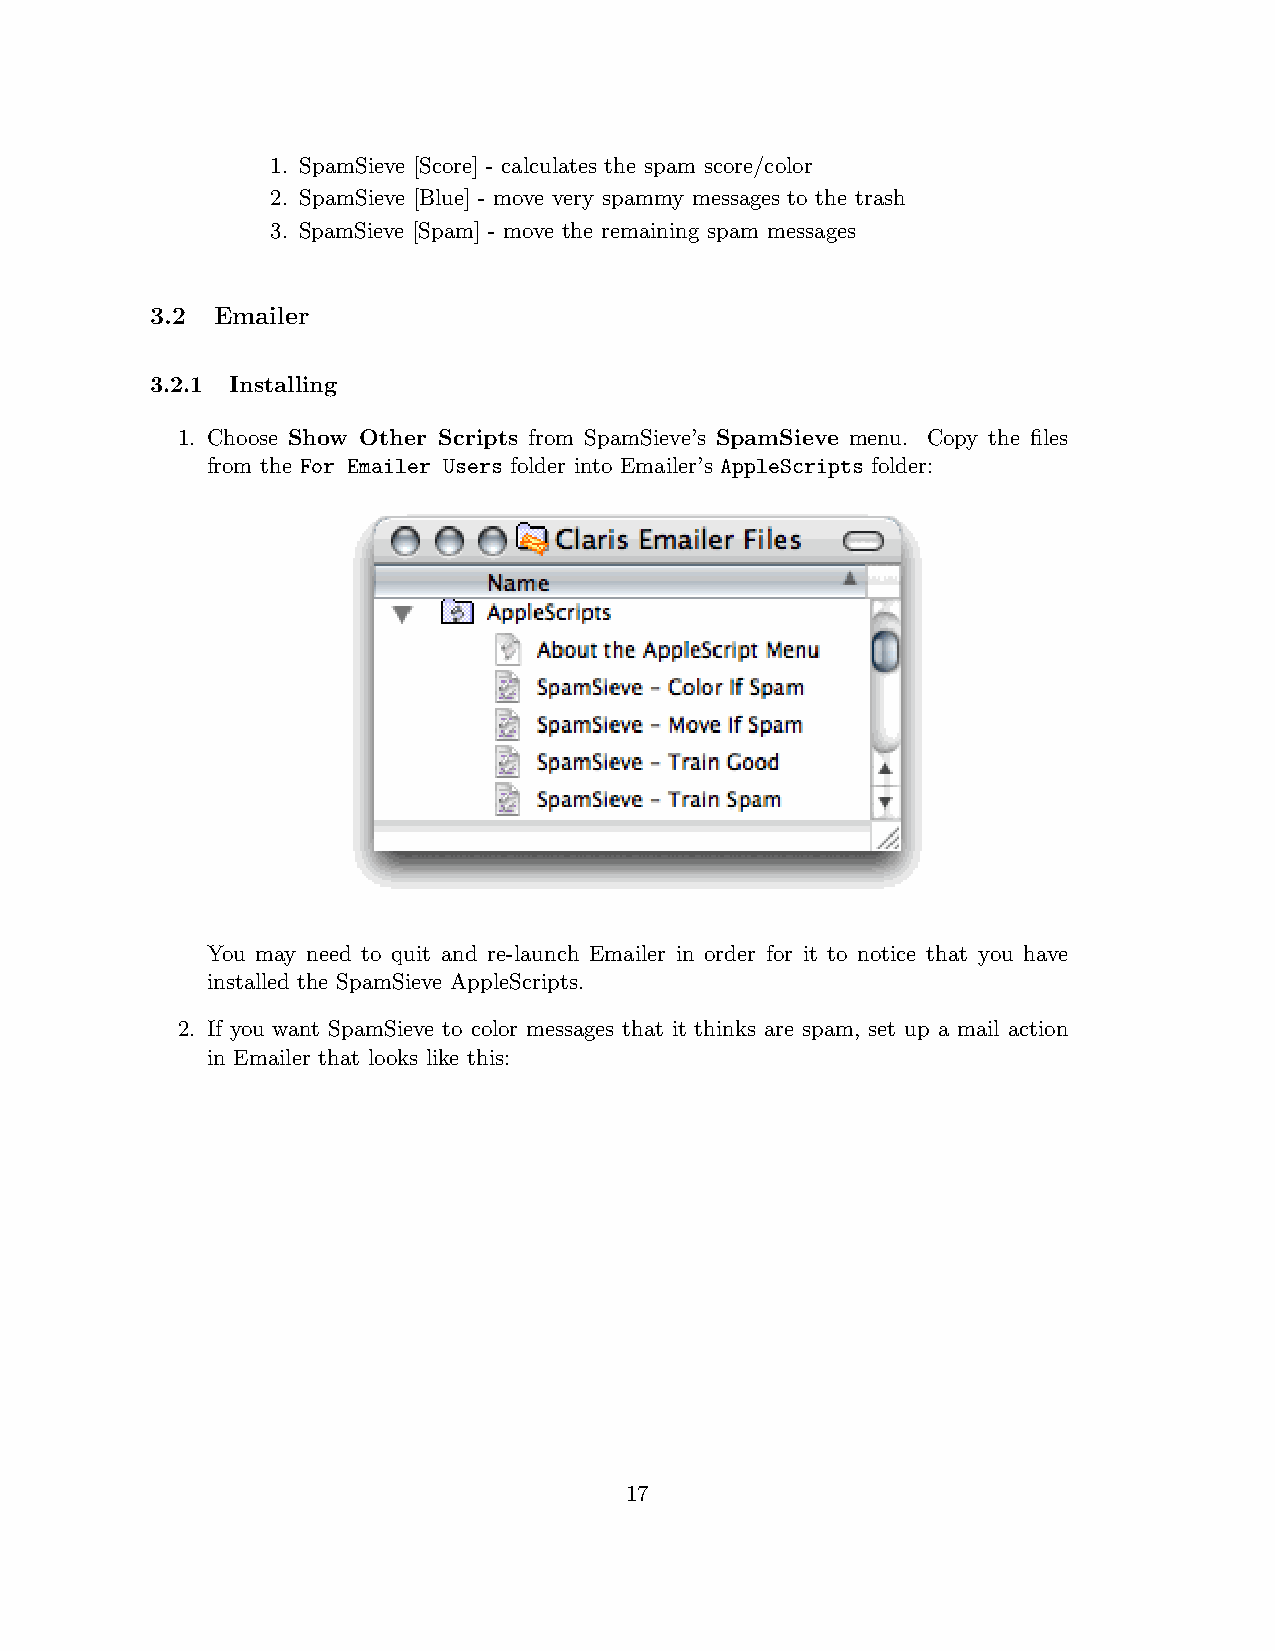
1. SpamSieve [Score] - calculates the spam score/color
 2. SpamSieve [Blue] - move very spammy messages to the trash
 3. SpamSieve [Spam] - move the remaining spam messages
 3.2 Emailer
 3.2.1 Installing
 1. Choose Show Other Scripts from SpamSieve’s SpamSieve menu. Copy the files
 from the For Emailer Users folder into Emailer’s AppleScripts folder:
 You may need to quit and re-launch Emailer in order for it to notice that you have
 installed the SpamSieve AppleScripts.
 2. If you want SpamSieve to color messages that it thinks are spam, set up a mail action
 in Emailer that looks like this:
 17